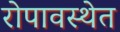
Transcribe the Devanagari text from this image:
रोपावस्थेत